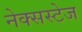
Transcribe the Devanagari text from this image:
नेक्सस्टेज